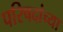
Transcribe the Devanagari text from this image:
परिषदांच्या